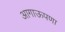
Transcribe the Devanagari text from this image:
आगाऊपणा